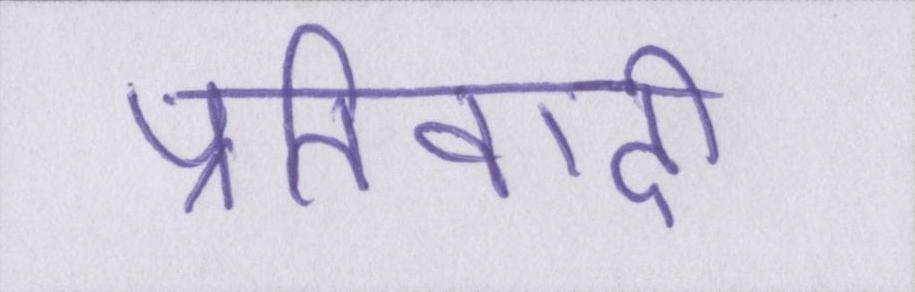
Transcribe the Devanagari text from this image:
प्रतिवादी